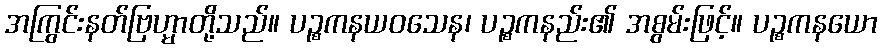
အကြွင်းနတ်ဗြဟ္မာတို့သည်။ ပဉ္စကနယဝသေန၊ ပဉ္စကနည်း၏ အစွမ်းဖြင့်။ ပဉ္စကနယော